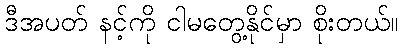
ဒီအပတ် နင့်ကို ငါမတွေ့နိုင်မှာ စိုးတယ်။